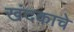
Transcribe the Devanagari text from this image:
खंदकाचे